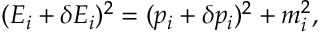
( E _ { i } + \delta E _ { i } ) ^ { 2 } = ( p _ { i } + \delta p _ { i } ) ^ { 2 } + m _ { i } ^ { 2 } ,